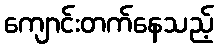
ကျောင်းတက်နေသည့်